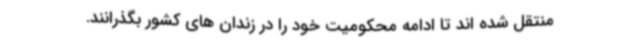
منتقل شده اند تا ادامه محکومیت خود را در زندان های کشور بگذرانند.